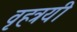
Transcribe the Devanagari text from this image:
वृहत्रयी